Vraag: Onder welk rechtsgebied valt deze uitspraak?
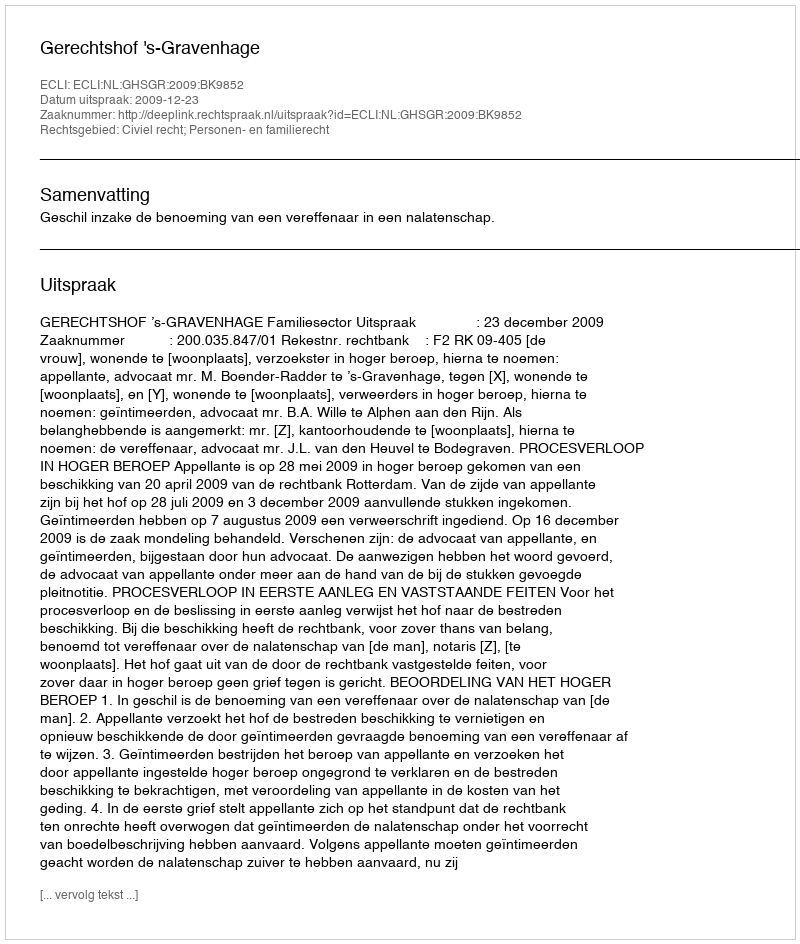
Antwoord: Civiel recht; Personen- en familierecht